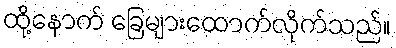
ထို့နောက် ခြေများထောက်လိုက်သည်။